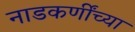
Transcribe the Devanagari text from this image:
नाडकर्णींच्या